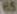
65